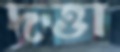
দত্তা